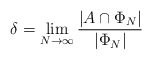
\begin{align*}\delta=\lim_{N \to \infty} \dfrac{|A \cap \Phi_N|}{|\Phi_N|}\end{align*}